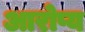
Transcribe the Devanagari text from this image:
आरोप्य